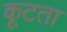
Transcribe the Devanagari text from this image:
कूटता